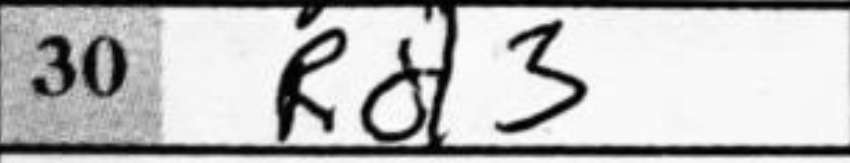
Transcription: Rd3